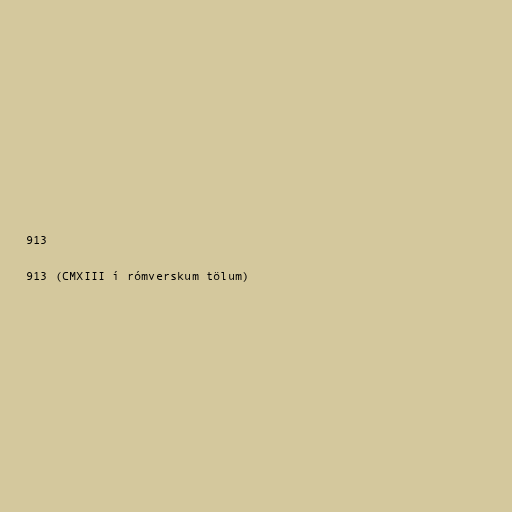
913

913 (CMXIII í rómverskum tölum)